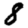
Digit: 8